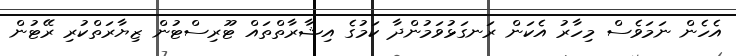
އެހެން ނަމަވެސް މިހާރު އެކަން ރަނގަޅުވަމުންދާ ކަމުގެ އިޝާރާތްތައް ޓޫރިސްޓުން ޒިޔާރަތްކުރި ރޭޓުން